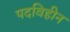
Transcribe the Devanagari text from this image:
पदविहीन